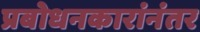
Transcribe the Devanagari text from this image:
प्रबोधनकारांनंतर